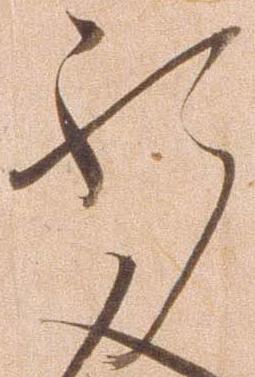
祈